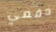
دفعي